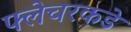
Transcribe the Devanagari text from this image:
फ्लेचरकडे